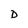
Character: D